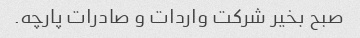
صبح بخیر شرکت واردات و صادرات پارچه.